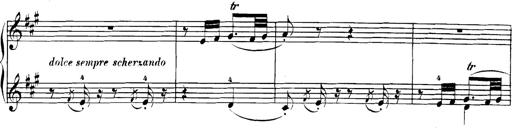
Title: Spinnerlied aus dem Fliegenden HollÃ¤nder
Composer: Franz Liszt